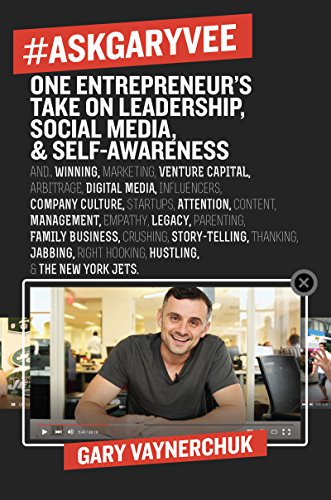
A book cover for #AskGaryVee: One Entrepreneur's Take on Leadership, Social Media, and Self-Awareness; Gary Vaynerchuk; Computers & Technology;